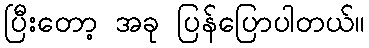
ပြီးတော့ အခု ပြန်ပြောပါတယ်။